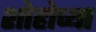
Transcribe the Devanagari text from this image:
शोहोच्या